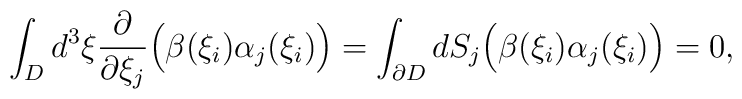
\displaystyle\int_{D}d^3 \xi \frac{\partial}{\partial\xi_j} \Bigl(\beta(\xi_i)\alpha_j(\xi_i)\Bigr)=\int_{\partial D}dS_j\Bigl(\beta(\xi_i)\alpha_j(\xi_i)\Bigr)=0,